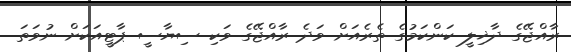
ރާއްޖޭގެ ދާޚިލީ ކަންކަމުގެ ތެރެއަށް ވަދެ ރާއްޖޭގެ ވަކި ސިޔާސީ ޕާޓީއަކަށް ނުވަތަ